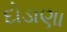
દોડાણા